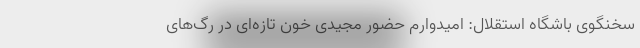
سخنگوی باشگاه استقلال: امیدوارم حضور مجیدی خون تازه‌ای در رگ‌های